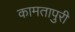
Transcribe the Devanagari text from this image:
कामतापुरी